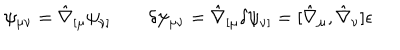
\psi _ { \mu \nu } = \hat { \nabla } _ { [ \mu } \psi _ { \nu ] } \qquad \delta \psi _ { \mu \nu } = \hat { \nabla } _ { [ \mu } \delta \psi _ { \nu ] } = [ \hat { \nabla } _ { \mu } , \hat { \nabla } _ { \nu } ] \epsilon